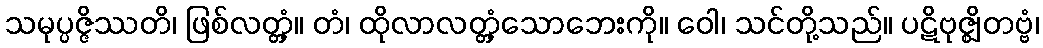
သမုပ္ပဇ္ဇိဿတိ၊ ဖြစ်လတ္တံ့။ တံ၊ ထိုလာလတ္တံ့သောဘေးကို။ ဝေါ၊ သင်တို့သည်။ ပဋိဗုဇ္ဈိတဗ္ဗံ၊